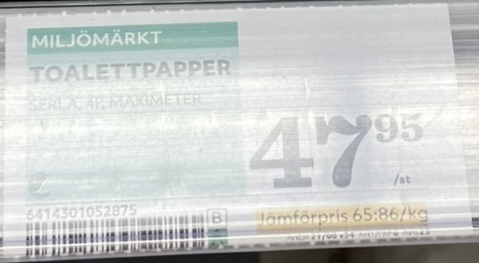
Vara: Toalettpapper
Genomsnittspris: 65.86 per kg